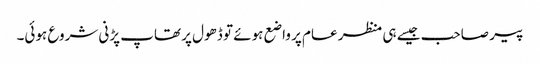
پیر صاحب جیسے ہی منظر عام پر واضع ہوئے تو ڈھول پر تھاپ پڑنی شروع ہوئی۔